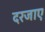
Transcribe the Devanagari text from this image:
दरजाए